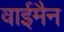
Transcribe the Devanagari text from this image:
वाईमैन